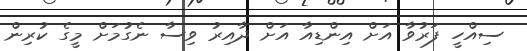
ސިއްހީ ފަރުވާ އަށް އިންޑިއާ އަށް ދާއިރު ވިސާ ނެގުމަށް މީގެ ކުރިން